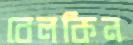
বেলকিন